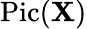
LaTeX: \operatorname{Pic}(\mathbf{X})